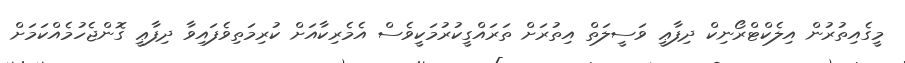
މީގެއިތުރުން އިލެކްޓްރޯނިކް ދިފާޢީ ވަސީލަތް އިތުރަށް ތަރައްގީކުރުމަކީވެސް އެމެރިކާއަށް ކުރިމަތިވެފައިވާ ދިފާޢީ ގޮންޖެހުމެއްކަމަށް